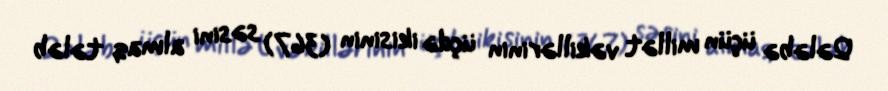
Qələbə üçün millət vəkillərinin üçdə ikisinin (367) səsini almaq tələb